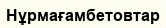
Нұрмағамбетовтар